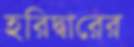
হরিদ্বারের